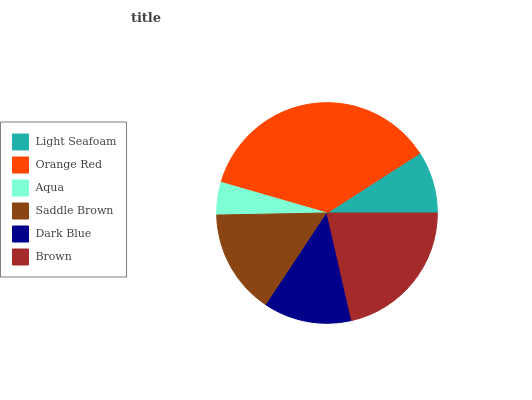
| Light Seafoam | Orange Red | Aqua | Saddle Brown | Dark Blue | Brown |
 | --- | --- | --- | --- | --- | --- |
 | 9.1% | 36.4% | 4.77% | 15.4% | 12.9% | 21.5% |